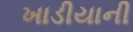
ખાડીયાની